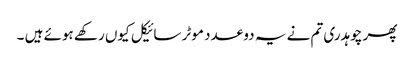
پھر چوہدری تم نے یہ دو عدد موٹر سائیکل کیوں رکھے ہوئے ہیں ۔